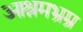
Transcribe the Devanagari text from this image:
आश्रमभ्रम्र